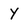
Character: y